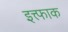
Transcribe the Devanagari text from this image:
इत्त्फाक